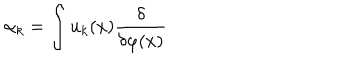
\alpha _ { k } = \int u _ { k } ( x ) { \frac { \delta } { \delta \varphi ( x ) } }